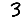
Digit: 3